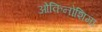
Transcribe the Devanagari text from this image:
ओकिनोशिमा